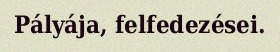
Pályája, felfedezései.